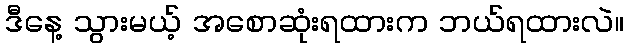
ဒီနေ့ သွားမယ့် အစောဆုံးရထားက ဘယ်ရထားလဲ။